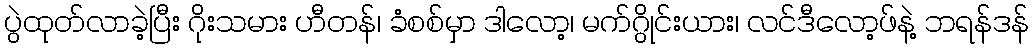
ပွဲထုတ်လာခဲ့ပြီး ဂိုးသမား ဟီတန်၊ ခံစစ်မှာ ဒါလော့၊ မက်ဂွိုင်းယား၊ လင်ဒီလော့ဖ်နဲ့ ဘရန်ဒန်